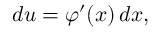
d u = \varphi ^ { \prime } ( x ) \, d x ,